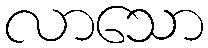
လာသော